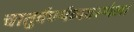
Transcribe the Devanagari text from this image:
चातुर्वर्ण्यव्यवस्थेला